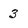
Character: 3